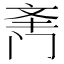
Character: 𲈿